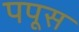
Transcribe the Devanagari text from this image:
पपूस